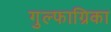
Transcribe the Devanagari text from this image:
गुल्फाग्रिका